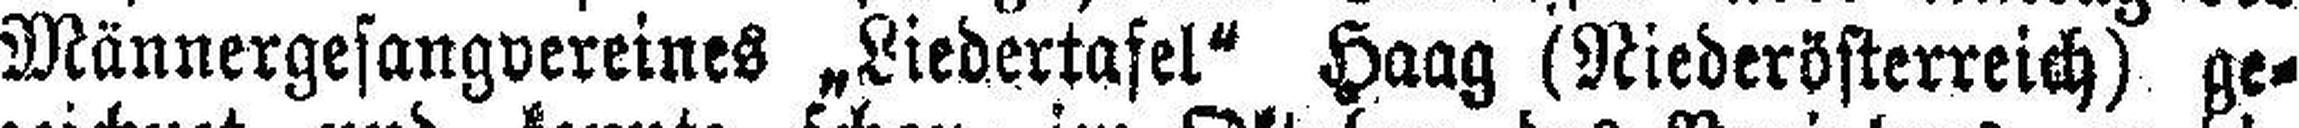
Männergesangvereines „Liedertafel“ Haag (Niederösterreich) ge¬